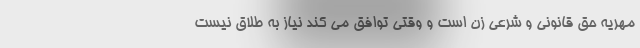
مهریه حق قانونی و شرعی زن است و وقتی توافق می کند نیاز به طلاق نیست